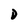
Character: D